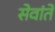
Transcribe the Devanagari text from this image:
सेवांते